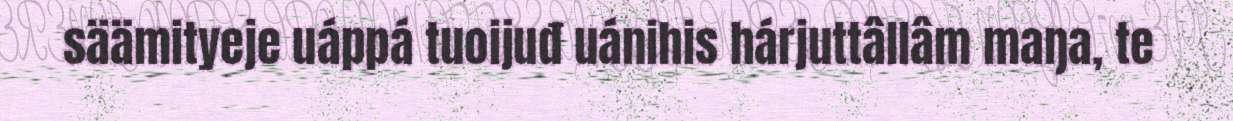
säämityeje uáppá tuoijuđ uánihis hárjuttâllâm maŋa, te